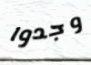
وجدوا